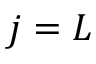
j = L